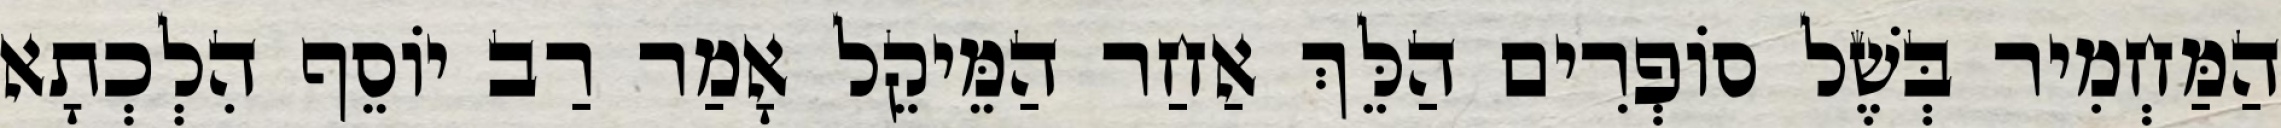
הַמַּחְמִיר בְּשֶׁל סוֹפְרִים הַלֵּךְ אַחַר הַמֵּיקֵל אָמַר רַב יוֹסֵף הִלְכְתָא